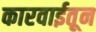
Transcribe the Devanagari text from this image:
कारवाईतून